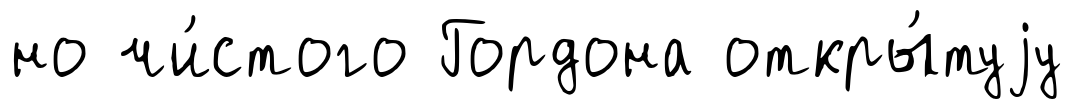
но чи́стого Гордона откры́туjу